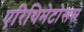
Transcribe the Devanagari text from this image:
एरिथिमेटोसस